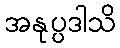
အနုပ္ပဒါသိ